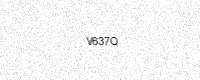
Text: V637Q